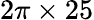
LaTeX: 2\pi\times 25